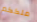
ملككم